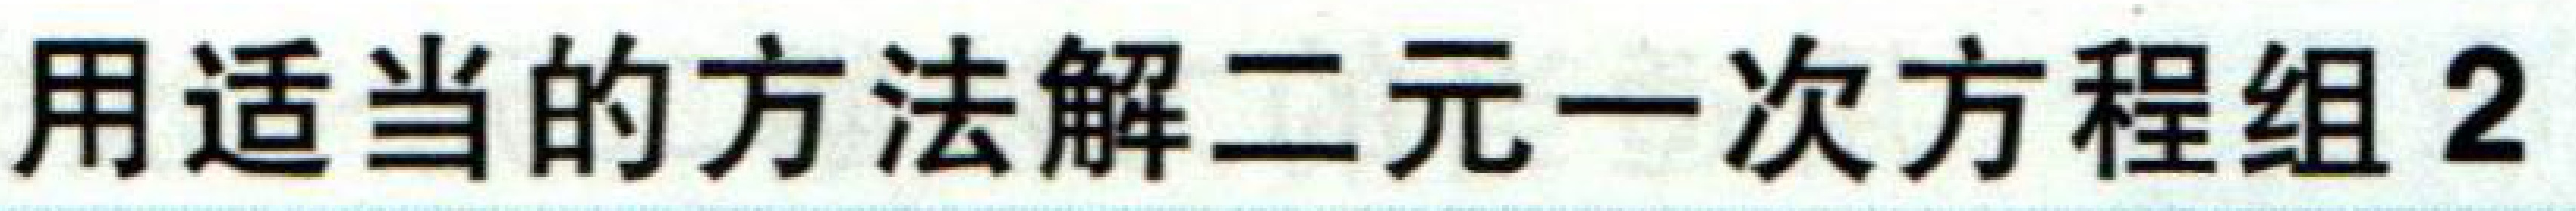
用适当的方法解二元一次方程组2